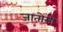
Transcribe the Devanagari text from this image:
जातोसी